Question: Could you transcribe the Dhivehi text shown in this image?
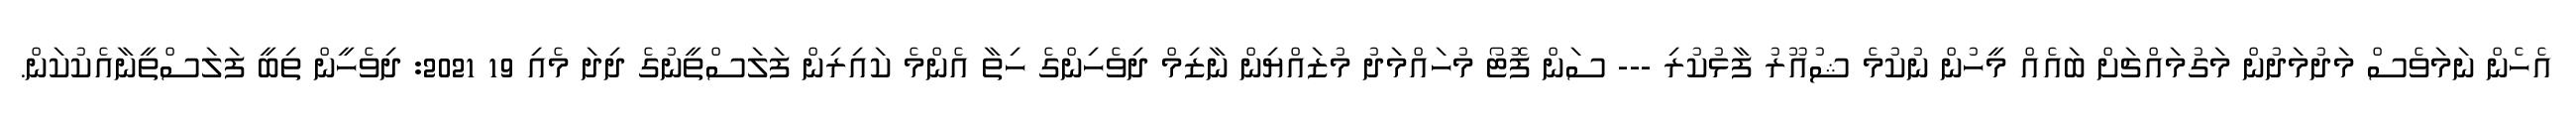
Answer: އެހެން ނަމަވެސް މަދުމަދުން މަގުމައްޗަށް ބައެއް މީހުން ނުކުމެ ޝުއޫރު ފާޅުކުރި --- ސަން ފޮޓޯ މުހައްމަދު މުޒައްޔިން ނާޒިމް ދިވެހިންގެ ހިތާ އެންމެ ކައިރިން ފަލަސްތީނުގެ ދިދަ މެއި 19 2021: ދިވެހީން ތިބީ ފަލަސްތީނާއެކުކަން.